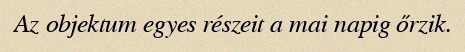
Az objektum egyes részeit a mai napig őrzik.